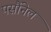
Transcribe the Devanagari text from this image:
पर्सौनेल